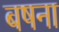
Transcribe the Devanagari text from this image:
बषना